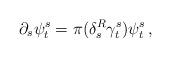
LaTeX: \begin{align*}\partial_{s}\psi^{s}_{t}= \pi(\delta^{R}_{s}\gamma^{s}_{t})\psi^{s}_{t}\,,\end{align*}